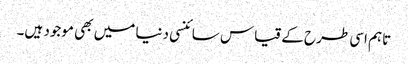
تاہم اسی طرح کے قیاس سائنسی دنیا میں بھی موجود ہیں۔